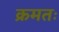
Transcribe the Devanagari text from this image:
क्रमतः